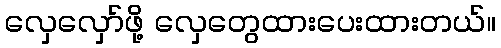
လှေလှော်ဖို့ လှေတွေထားပေးထားတယ်။